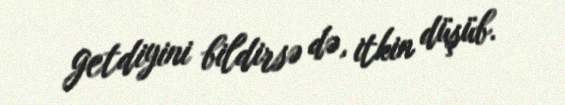
getdiyini bildirsə də, itkin düşüb.